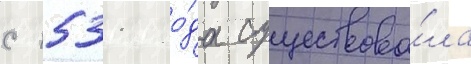
с 1531 го́да существова́ла